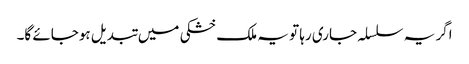
اگر یہ سلسلہ جاری رہا تو یہ ملک خشکی میں تبدیل ہوجائے گا۔